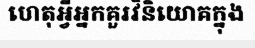
ហេតុអ្វីអ្នកគួរវិនិយោគក្នុង